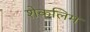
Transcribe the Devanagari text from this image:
शेकलिम